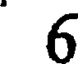
6